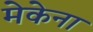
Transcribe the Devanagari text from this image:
मेकेना